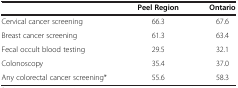
<table><thead><tr><td><b> </b></td><td><b>Peel Region</b></td><td><b>Ontario</b></td></tr></thead><tbody><tr><td>Cervical cancer screening</td><td>66.3</td><td>67.6</td></tr><tr><td>Breast cancer screening</td><td>61.3</td><td>63.4</td></tr><tr><td>Fecal occult blood testing</td><td>29.5</td><td>32.1</td></tr><tr><td>Colonoscopy</td><td>35.4</td><td>37.0</td></tr><tr><td>Any colorectal cancer screening*</td><td>55.6</td><td>58.3</td></tr></tbody></table>